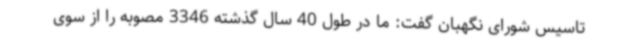
تاسیس شورای نگهبان گفت: ما در طول 40 سال گذشته 3346 مصوبه را از سوی